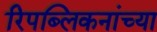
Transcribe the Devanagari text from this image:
रिपब्लिकनांच्या